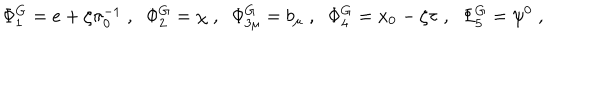
\Phi _ { 1 } ^ { G } = e + \zeta \pi _ { 0 } ^ { - 1 } \; , \; \; \Phi _ { 2 } ^ { G } = \chi \; , \; \; \Phi _ { 3 \mu } ^ { G } = b _ { \mu } \; , \; \; \Phi _ { 4 } ^ { G } = x _ { 0 } - \zeta \tau \; , \; \; \Phi _ { 5 } ^ { G } = \psi ^ { 0 } \; , \; \;